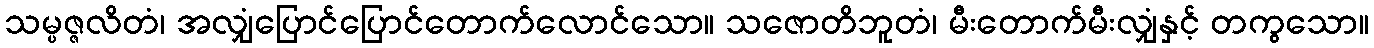
သမ္ပဇ္ဇလိတံ၊ အလျှံပြောင်ပြောင်တောက်လောင်သော။ သဇောတိဘူတံ၊ မီးတောက်မီးလျှံနှင့် တကွသော။